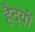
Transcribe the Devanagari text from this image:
हैदयों